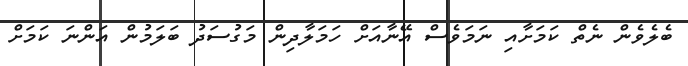
ބެލެވެން ނެތް ކަމަށާއި ނަމަވެސް އޭނާއަށް ހަމަލާދިން މަގުސަދު ބަލަމުން އަންނަ ކަމަށް